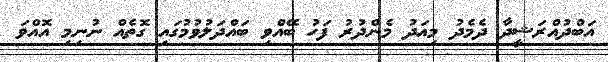
އަބްދުއްރަޝީދާ ދެމެދު މިއަދު މެންދުރު ފަހު ބޭއްވި ބައްދަލުވުމުގައި ގޮތެއް ނުނިމި އޮއްވަ